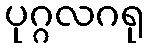
ပုဂ္ဂလဂရု